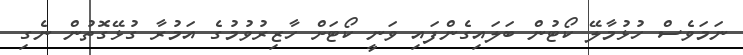
ނަމަވެސް ހުޅުމާލޭ ކޯޓުން ބަލައިގެންފައި ވަނީ ކޯޓަށް ހާޒިރުވުމުގެ އަމުރާ ގުޅޭގޮތުން ނެގި